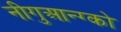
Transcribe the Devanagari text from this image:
नीगुआन्ग्को